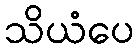
သိယံပေ